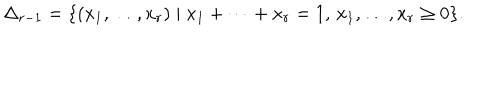
\Delta _ { r - 1 } = \{ ( x _ { 1 } , \dots , x _ { r } ) \mid x _ { 1 } + \cdots + x _ { r } = 1 , \, x _ { 1 } , \dots , x _ { r } \geq 0 \} .